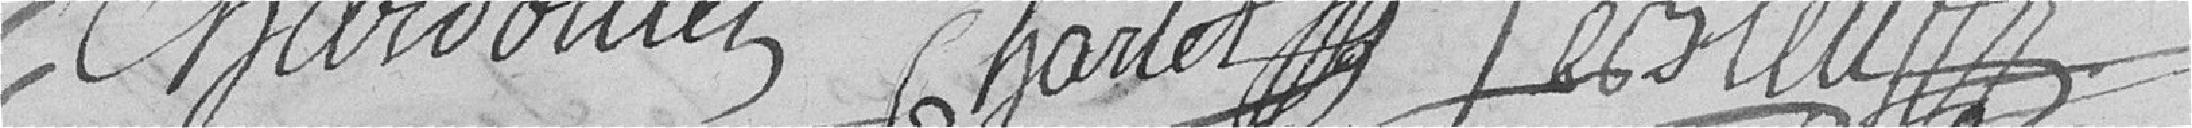
Chardoilet Charlet Sersleux